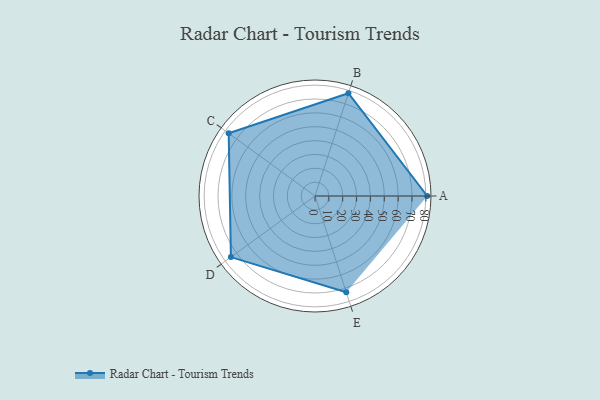
{"axis": {"x": "Skill", "y": "Score"}, "legend": ["Profile"], "data": [{"x": "A", "y": 81.0, "type": "Profile"}, {"x": "B", "y": 78.0, "type": "Profile"}, {"x": "C", "y": 77.0, "type": "Profile"}, {"x": "D", "y": 75.0, "type": "Profile"}, {"x": "E", "y": 73.0, "type": "Profile"}]}